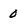
Character: 0